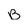
Character: B